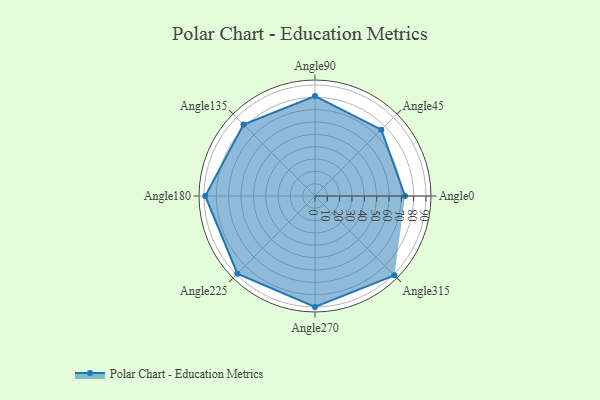
{"axis": {"x": "Angle", "y": "Radius"}, "legend": [""], "data": [{"x": "Angle0", "y": 73.0, "type": ""}, {"x": "Angle45", "y": 76.0, "type": ""}, {"x": "Angle90", "y": 81.0, "type": ""}, {"x": "Angle135", "y": 82.0, "type": ""}, {"x": "Angle180", "y": 89.0, "type": ""}, {"x": "Angle225", "y": 89.0, "type": ""}, {"x": "Angle270", "y": 90.0, "type": ""}, {"x": "Angle315", "y": 91.0, "type": ""}]}